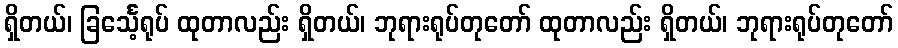
ရှိတယ်၊ ခြင်္သေ့ရုပ် ထုတာလည်း ရှိတယ်၊ ဘုရားရုပ်တုတော် ထုတာလည်း ရှိတယ်၊ ဘုရားရုပ်တုတော်